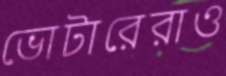
ভোটারেরাও